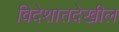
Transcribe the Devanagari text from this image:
विदेशातदेखील